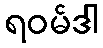
ရဝမ်ဒါ